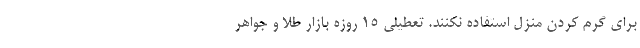
برای گرم کردن منزل استفاده نکنند. تعطیلی 15 روزه بازار طلا و جواهر